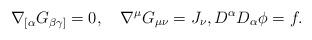
LaTeX: \begin{align*}\nabla_{[\alpha}G_{\beta\gamma]}=0,\quad\nabla^{\mu}G_{\mu\nu}=J_{\nu},D^{\alpha}D_{\alpha}\phi=f.\end{align*}